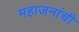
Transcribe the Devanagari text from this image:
महाजनांची